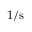
1 / \mathrm { s }